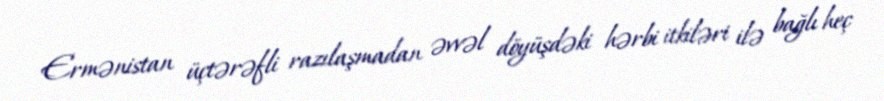
Ermənistan üçtərəfli razılaşmadan əvvəl döyüşdəki hərbi itkiləri ilə bağlı heç